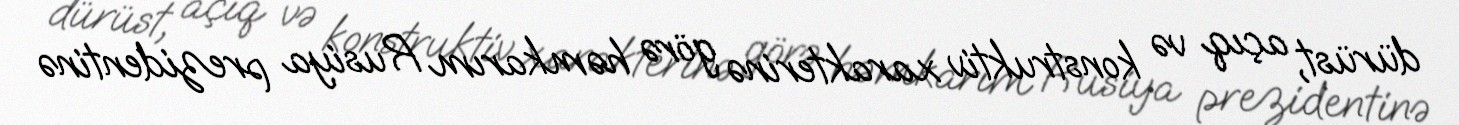
dürüst, açıq və konstruktiv xarakterinə görə həmkarım Rusiya prezidentinə